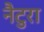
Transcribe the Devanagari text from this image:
नैटुरा